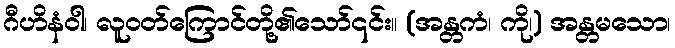
ဂီဟိနံဝါ၊ လူဝတ်ကြောင်တို့၏သော်၎င်း။ (အန္တကံ၊ ကို၊) အန္တမသော၊